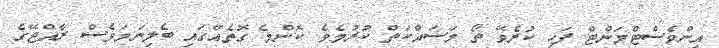
އިންވެސްޓްމަންޓް ފަހި ކުރެވޭ ތޯ މަސައްކަތް ކުރުމެވެ. ކޮންމެ ގޮތެއްގައި ބެލިނަމަވެސް ރާއްޖޭގެ